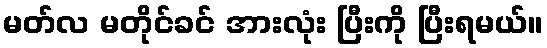
မတ်လ မတိုင်ခင် အားလုံး ပြီးကို ပြီးရမယ်။